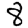
Digit: 8